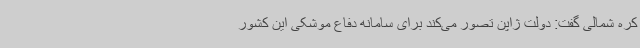
کره شمالی گفت: دولت ژاپن تصور می‌کند برای سامانه دفاع موشکی این کشور